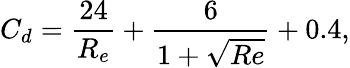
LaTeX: C_{d}=\frac{24}{R_{e}}+\frac{6}{1+\sqrt{Re}}+0.4,